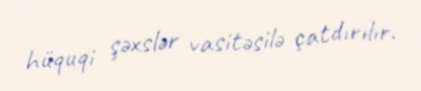
hüquqi şəxslər vasitəsilə çatdırılır.